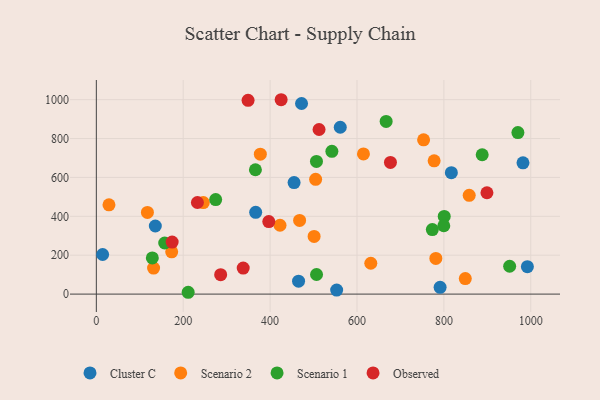
{"axis": {"x": "Distance", "y": "Demand"}, "legend": ["Cluster C", "Observed", "Scenario 1", "Scenario 2"], "data": [{"x": "14.5", "y": 203.6, "type": "Cluster C"}, {"x": "553.2", "y": 20.9, "type": "Cluster C"}, {"x": "982.1", "y": 675.0, "type": "Cluster C"}, {"x": "561.5", "y": 858.1, "type": "Cluster C"}, {"x": "455.2", "y": 573.7, "type": "Cluster C"}, {"x": "135.8", "y": 350.1, "type": "Cluster C"}, {"x": "791.3", "y": 34.6, "type": "Cluster C"}, {"x": "992.2", "y": 140.9, "type": "Cluster C"}, {"x": "472.4", "y": 980.3, "type": "Cluster C"}, {"x": "817.2", "y": 624.6, "type": "Cluster C"}, {"x": "465.5", "y": 66.6, "type": "Cluster C"}, {"x": "366.8", "y": 420.7, "type": "Cluster C"}, {"x": "504.8", "y": 590.3, "type": "Scenario 2"}, {"x": "858.3", "y": 507.8, "type": "Scenario 2"}, {"x": "131.8", "y": 134.0, "type": "Scenario 2"}, {"x": "614.9", "y": 720.7, "type": "Scenario 2"}, {"x": "422.8", "y": 354.2, "type": "Scenario 2"}, {"x": "501.3", "y": 296.8, "type": "Scenario 2"}, {"x": "467.9", "y": 378.8, "type": "Scenario 2"}, {"x": "173.5", "y": 217.4, "type": "Scenario 2"}, {"x": "631.8", "y": 158.7, "type": "Scenario 2"}, {"x": "377.5", "y": 719.6, "type": "Scenario 2"}, {"x": "777.6", "y": 685.3, "type": "Scenario 2"}, {"x": "117.6", "y": 419.9, "type": "Scenario 2"}, {"x": "781.5", "y": 183.3, "type": "Scenario 2"}, {"x": "753.3", "y": 793.5, "type": "Scenario 2"}, {"x": "29.1", "y": 459.1, "type": "Scenario 2"}, {"x": "246.2", "y": 470.7, "type": "Scenario 2"}, {"x": "849.3", "y": 80.0, "type": "Scenario 2"}, {"x": "128.9", "y": 185.8, "type": "Scenario 1"}, {"x": "274.7", "y": 485.9, "type": "Scenario 1"}, {"x": "542.2", "y": 734.2, "type": "Scenario 1"}, {"x": "800.8", "y": 399.5, "type": "Scenario 1"}, {"x": "773.4", "y": 331.8, "type": "Scenario 1"}, {"x": "951.4", "y": 143.2, "type": "Scenario 1"}, {"x": "970.4", "y": 830.9, "type": "Scenario 1"}, {"x": "888.2", "y": 716.7, "type": "Scenario 1"}, {"x": "667.1", "y": 887.9, "type": "Scenario 1"}, {"x": "506.7", "y": 682.4, "type": "Scenario 1"}, {"x": "211.4", "y": 9.4, "type": "Scenario 1"}, {"x": "157.4", "y": 262.9, "type": "Scenario 1"}, {"x": "799.8", "y": 351.6, "type": "Scenario 1"}, {"x": "506.9", "y": 100.8, "type": "Scenario 1"}, {"x": "366.2", "y": 639.6, "type": "Scenario 1"}, {"x": "232.7", "y": 471.0, "type": "Observed"}, {"x": "899.1", "y": 521.1, "type": "Observed"}, {"x": "397.0", "y": 373.1, "type": "Observed"}, {"x": "677.0", "y": 677.2, "type": "Observed"}, {"x": "425.4", "y": 999.6, "type": "Observed"}, {"x": "512.7", "y": 846.6, "type": "Observed"}, {"x": "286.2", "y": 99.9, "type": "Observed"}, {"x": "338.1", "y": 133.6, "type": "Observed"}, {"x": "349.3", "y": 996.7, "type": "Observed"}, {"x": "174.5", "y": 267.8, "type": "Observed"}]}